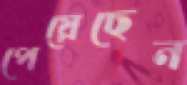
পেয়েছেন